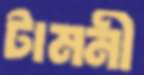
টামনী